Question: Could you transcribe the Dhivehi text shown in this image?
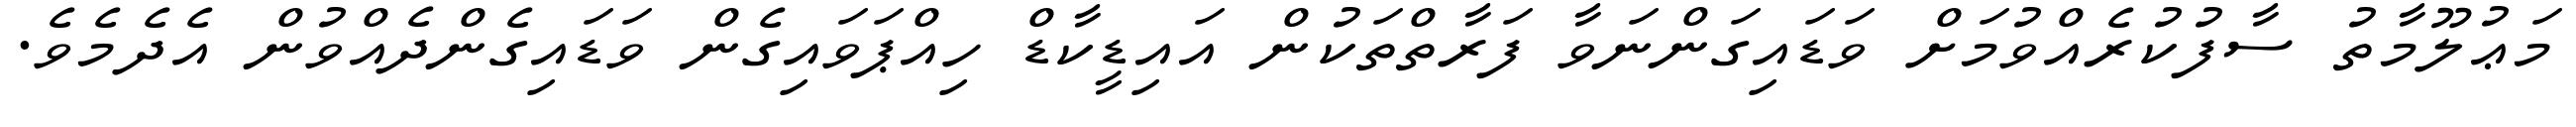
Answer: މަޢުލޫމާތު ސާފުކުރެއްވުމަށް ވަޑައިގަންނަވާ ފަރާތްތަކުން އައިޑީކާޑް ހިއްޕަވައިގެން ވަޑައިގެންދެއްވުން އެދެމެވެ.